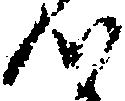
つ